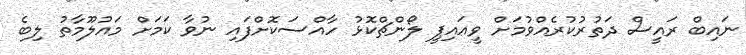
ނައިބް ރައީސް ދަތުރުކުރެއްވުމަށް ވީއައިޕީ ލޯންޗްކޮޅު ހާއްސަކޮށްފައި ނުވާ ކަމަށް މައުލޫމާތު ލިބެ